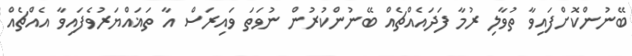
ބޭނުންކޮށްފައިވާ ތުވާލި ރުމާ ފަދައެއްޗެއް ބޭނުންކުރުން ނުވަތަ ވައިރަސް އާ ތަޣައްޔަރުވެފައިވާ އެއްޗެއް